Lunatic asylums Bombay report 1878-1890 - 1878-1890
Year: 1878
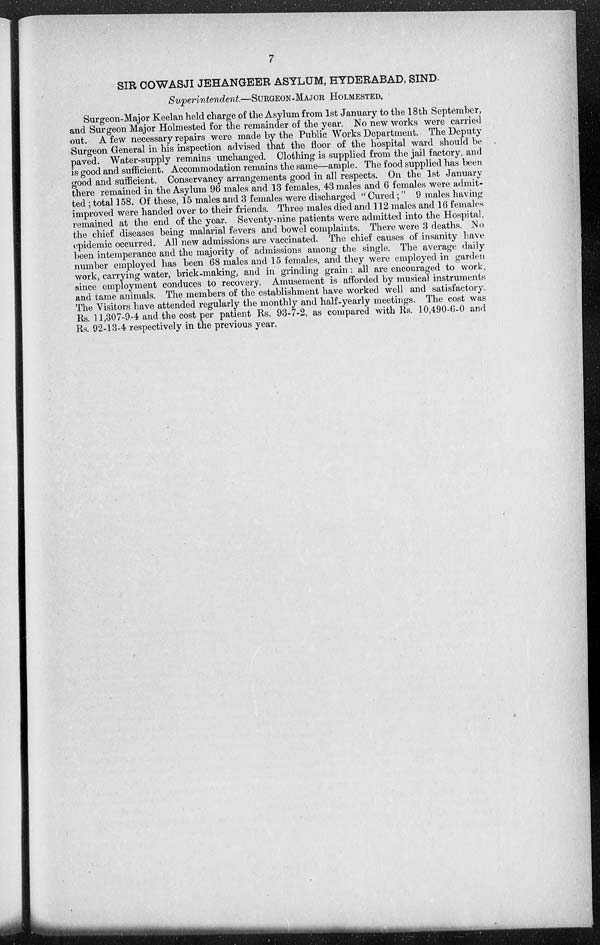
7
SIR COWASJI JEHANGEER ASYLUM, HYDERABAD, SIND.
Superintendent.—SURGEON-MAJOR HOLMESTED.
Surgeon-Major Keelan held charge of the Asylum from 1st January to the 18th September,
and Surgeon Major Holmested for the remainder of the year. No new works were carried
out. A few necessary repairs were made by the Public Works Department. The Deputy
Surgeon General in his inspection advised that the floor of the hospital ward should be
paved. Water-supply remains unchanged. Clothing is supplied from the jail factory, and
is good and sufficient. Accommodation remains the same—ample. The food supplied has been
good and sufficient. Conservancy arrangements good in all respects. On the 1st January
there remained in the Asylum 96 males and 13 females, 43 males and 6 females were admit-
ted ; total 158. Of these, 15 males and 3 females were discharged " Cured;" 9 males having
improved were handed over to their friends. Three males died and 112 males and 16 females
remained at the end of the year. Seventy-nine patients were admitted into the Hospital,
the chief diseases being malarial fevers and bowel complaints. There were 3 deaths. No
epidemic occurred. All new admissions are vaccinated. The chief causes of insanity have
been intemperance and the majority of admissions among the single. The average daily
number employed has been 68 males and 15 females, and they were employed in garden
work, carrying water, brick-making, and in grinding grain : all are encouraged to work,
since employment conduces to recovery. Amusement is afforded by musical instruments
and tame animals. The members of the establishment have worked well and satisfactory.
The Visitors have attended regularly the monthly and half-yearly meetings. The cost was
Rs. 11,307-9-4 and the cost per patient Rs. 93-7-2, as compared with Rs. 10,490-6-0 and
Rs. 92-13-4 respectively in the previous year.